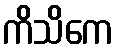
ကိသိကေ